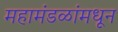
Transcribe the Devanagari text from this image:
महामंडळांमधून